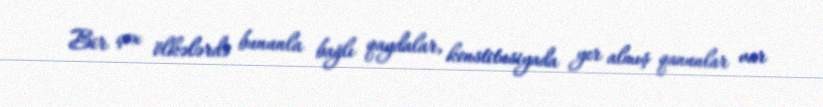
Bir çox ölkələrdə bununla bağlı qaydalar, konstitusiyada yer almış qanunlar var